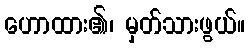
ဟောထား၏၊ မှတ်သားဖွယ်။